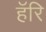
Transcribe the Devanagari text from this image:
हॅरि